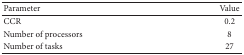
| Parameter | Value |
 | --- | --- |
 | CCR | 0.2 |
 | Number of processors | 8 |
 | Number of tasks | 27 |